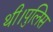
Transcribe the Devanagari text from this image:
थी।पुलिस